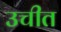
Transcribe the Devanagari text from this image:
उचीत